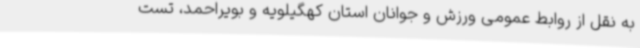
به نقل از روابط عمومی ورزش و جوانان استان کهگیلویه و بویراحمد، تست